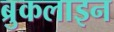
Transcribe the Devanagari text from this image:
ब्रुकलाइन